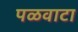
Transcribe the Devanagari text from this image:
पळवाटा